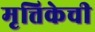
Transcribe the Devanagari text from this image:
मृत्तिकेची